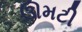
ઊમટી